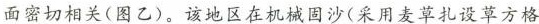
面密切相关(图乙)。该地区在机械因沙(采用麦草扎设草方格